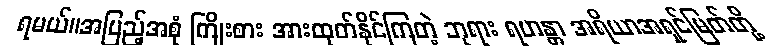
ရမယ်။အပြည့်အစုံ ကြိုးစား အားထုတ်နိုင်ကြတဲ့ ဘုရား ရဟန္တာ အရိယာအရှင်မြတ်တို့